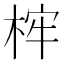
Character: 𣒲